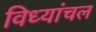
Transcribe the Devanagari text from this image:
विध्यांचल